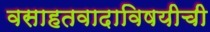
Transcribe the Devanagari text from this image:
वसाहतवादाविषयीची